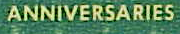
ANNIVERSARIES